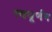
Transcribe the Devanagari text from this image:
स्वघूर्णन